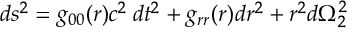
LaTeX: d s ^ { 2 } = g _ { 0 0 } ( r ) c ^ { 2 } \: d t ^ { 2 } + g _ { r r } ( r ) d r ^ { 2 } + r ^ { 2 } d \Omega _ { 2 } ^ { 2 }